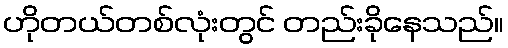
ဟိုတယ်တစ်လုံးတွင် တည်းခိုနေသည်။